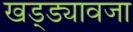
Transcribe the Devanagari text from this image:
खड्ड्यावजा